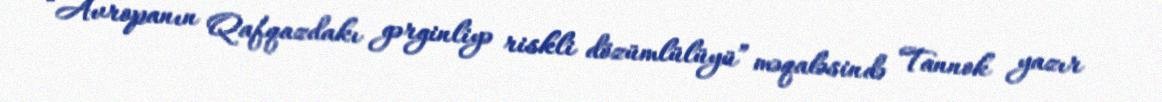
“Avropanın Qafqazdakı gərginliyə riskli dözümlülüyü” məqaləsində Tannok yazır